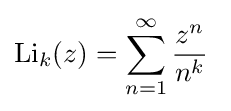
\mathrm {Li} _{k}(z)=\sum _{n=1}^{\infty }{\frac {z^{n}}{n^{k}}}\